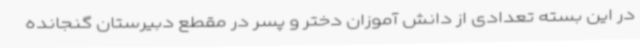
در این بسته تعدادی از دانش آموزان دختر و پسر در مقطع دبیرستان گنجانده